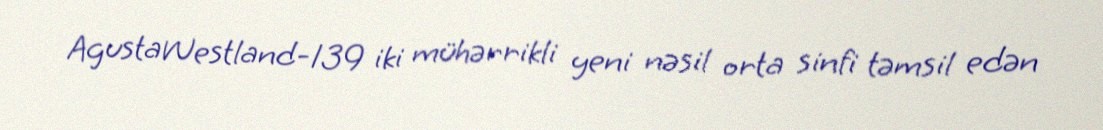
AgustaWestland-139 iki mühərrikli yeni nəsil orta sinfi təmsil edən